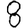
Digit: 8